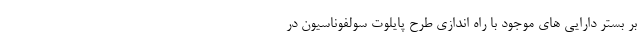
بر بستر دارایی هاي موجود با راه اندازی طرح پایلوت سولفوناسیون در